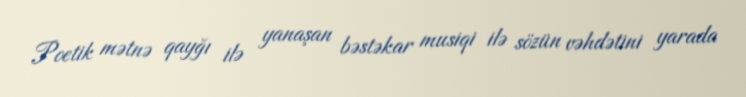
Poetik mətnə qayğı ilə yanaşan bəstəkar musiqi ilə sözün vəhdətini yarada